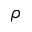
\rho